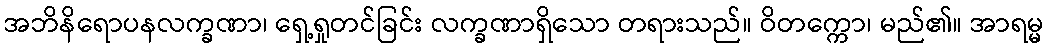
အဘိနိရောပနလက္ခဏာ၊ ရှေ့ရှုတင်ခြင်း လက္ခဏာရှိသော တရားသည်။ ဝိတက္ကော၊ မည်၏။ အာရမ္မ